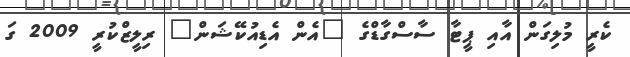
ކެރީ މުލިގަން އާއި ޕީޓާ ސާސްގާޑްގެ "އެން އެޑިއުކޭޝަން" ރިލީޒްކުރީ 2009 ގަ